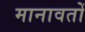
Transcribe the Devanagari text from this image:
मानावतों